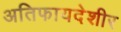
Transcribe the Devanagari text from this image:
अतिफायदेशीर